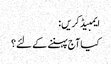
ایمبیڈ کریں:
کیا آج پہننے کے لئے؟